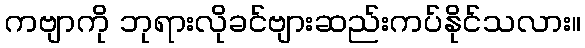
ကဗျာကို ဘုရားလိုခင်ဗျားဆည်းကပ်နိုင်သလား။